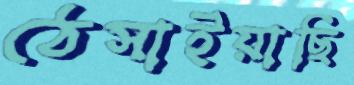
ঠেসাইয়াছি